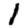
Digit: 1